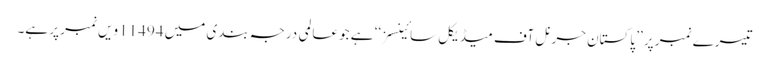
تیسرے نمبر پر ’’ پاکستان جرنل آف میڈیکل سائینسز ‘‘ ہے جو عالمی درجہ بندی میں 11494 ویں نمبر پر ہے۔